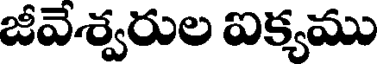
జీవెశ్వరుల ఐక్యము